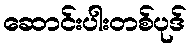
ဆောင်းပါးတစ်ပုဒ်